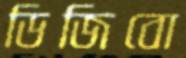
ডিজিবো